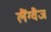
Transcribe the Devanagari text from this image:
लैंग्वैज